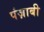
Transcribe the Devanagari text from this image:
पंज़ाबी